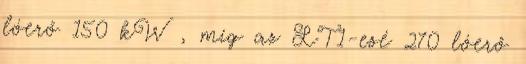
lóerő 150 kW , míg az LT1-esé 270 lóerő